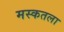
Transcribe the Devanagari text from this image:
मस्कतला